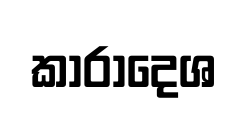
කාරාදෙශ